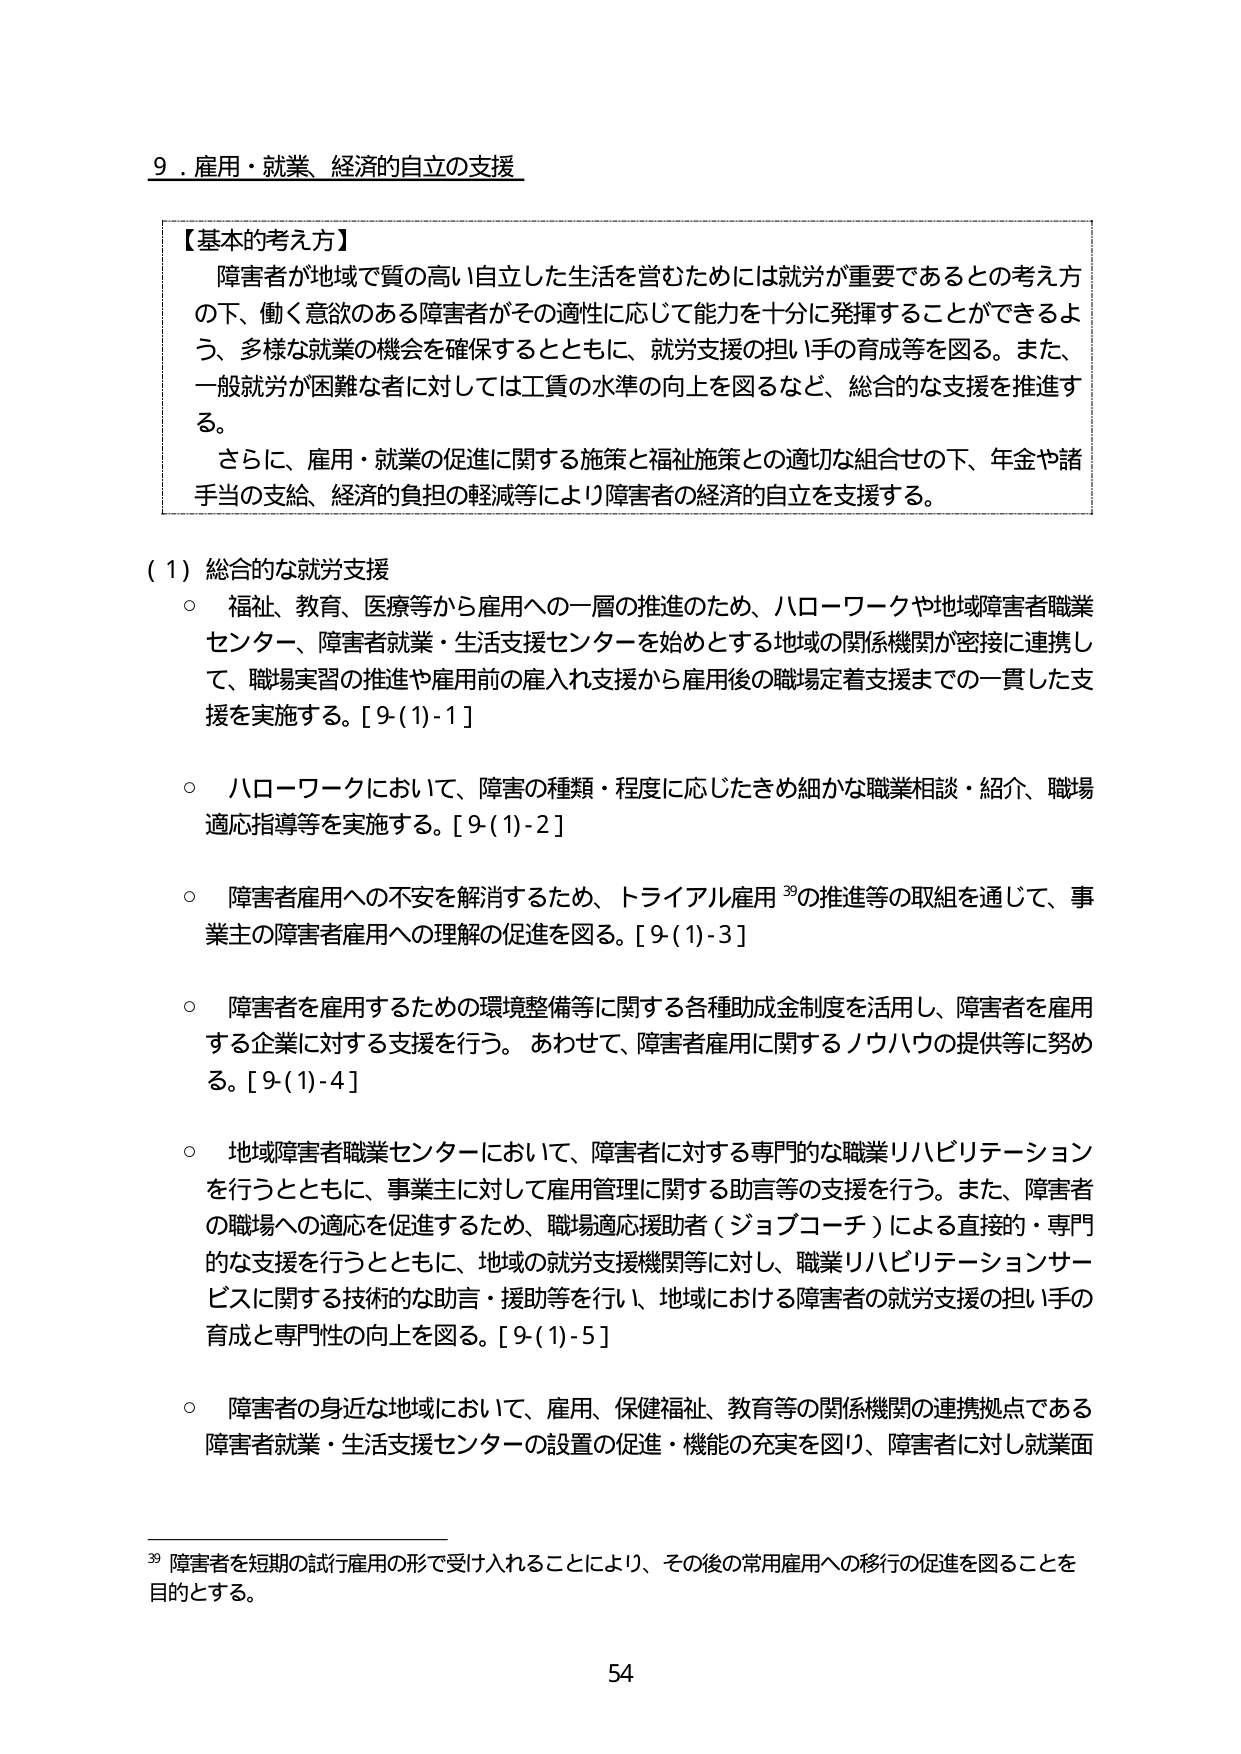
9．雇用・就業、経済的自立の支援

【基本的考え方】
障害者が地域で質の高い自立した生活を営むためには就労が重要であるとの考え方の下、働く意欲のある障害者がその適性に応じて能力を十分に発揮することができるよう、多様な就業の機会を確保するとともに、就労支援の担い手の育成等を図る。また、一般就労が困難な者に対しては工賃の水準の向上を図るなど、総合的な支援を推進する。
さらに、雇用・就業の促進に関する施策と福祉施策との適切な組合せの下、年金や諸手当の支給、経済的負担の軽減等により障害者の経済的自立を支援する。

（1）総合的な就労支援
○ 福祉、教育、医療等から雇用への一層の推進のため、ハローワークや地域障害者職業センター、障害者就業・生活支援センターを始めとする地域の関係機関が密接に連携して、職場実習の推進や雇用前の雇入れ支援から雇用後の職場定着支援までの一貫した支援を実施する。[9-(1)-1]
○ ハローワークにおいて、障害の種類・程度に応じたきめ細かな職業相談・紹介、職場適応指導等を実施する。[9-(1)-2]
○ 障害者雇用への不安を解消するため、トライアル雇用 39の推進等の取組を通じて、事業主の障害者雇用への理解の促進を図る。[9-(1)-3]
○ 障害者を雇用するための環境整備等に関する各種助成金制度を活用し、障害者を雇用する企業に対する支援を行う。あわせて、障害者雇用に関するノウハウの提供等に努める。[9-(1)-4]
○ 地域障害者職業センターにおいて、障害者に対する専門的な職業リハビリテーションを行うとともに、事業主に対して雇用管理に関する助言等の支援を行う。また、障害者の職場への適応を促進するため、職場適応援助者（ジョブコーチ）による直接的・専門的な支援を行うとともに、地域の就労支援機関等に対し、職業リハビリテーションサービスに関する技術的な助言・援助等を行い、地域における障害者の就労支援の担い手の育成と専門性の向上を図る。[9-(1)-5]
○ 障害者の身近な地域において、雇用、保健福祉、教育等の関係機関の連携拠点である障害者就業・生活支援センターの設置の促進・機能の充実を図り、障害者に対し就業面

39 障害者を短期の試行雇用の形で受け入れることにより、その後の常用雇用への移行の促進を図ることを目的とする。

54